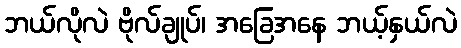
ဘယ်လိုလဲ ဗိုလ်ချုပ်၊ အခြေအနေ ဘယ့်နှယ်လဲ